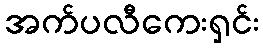
အက်ပလီကေးရှင်း